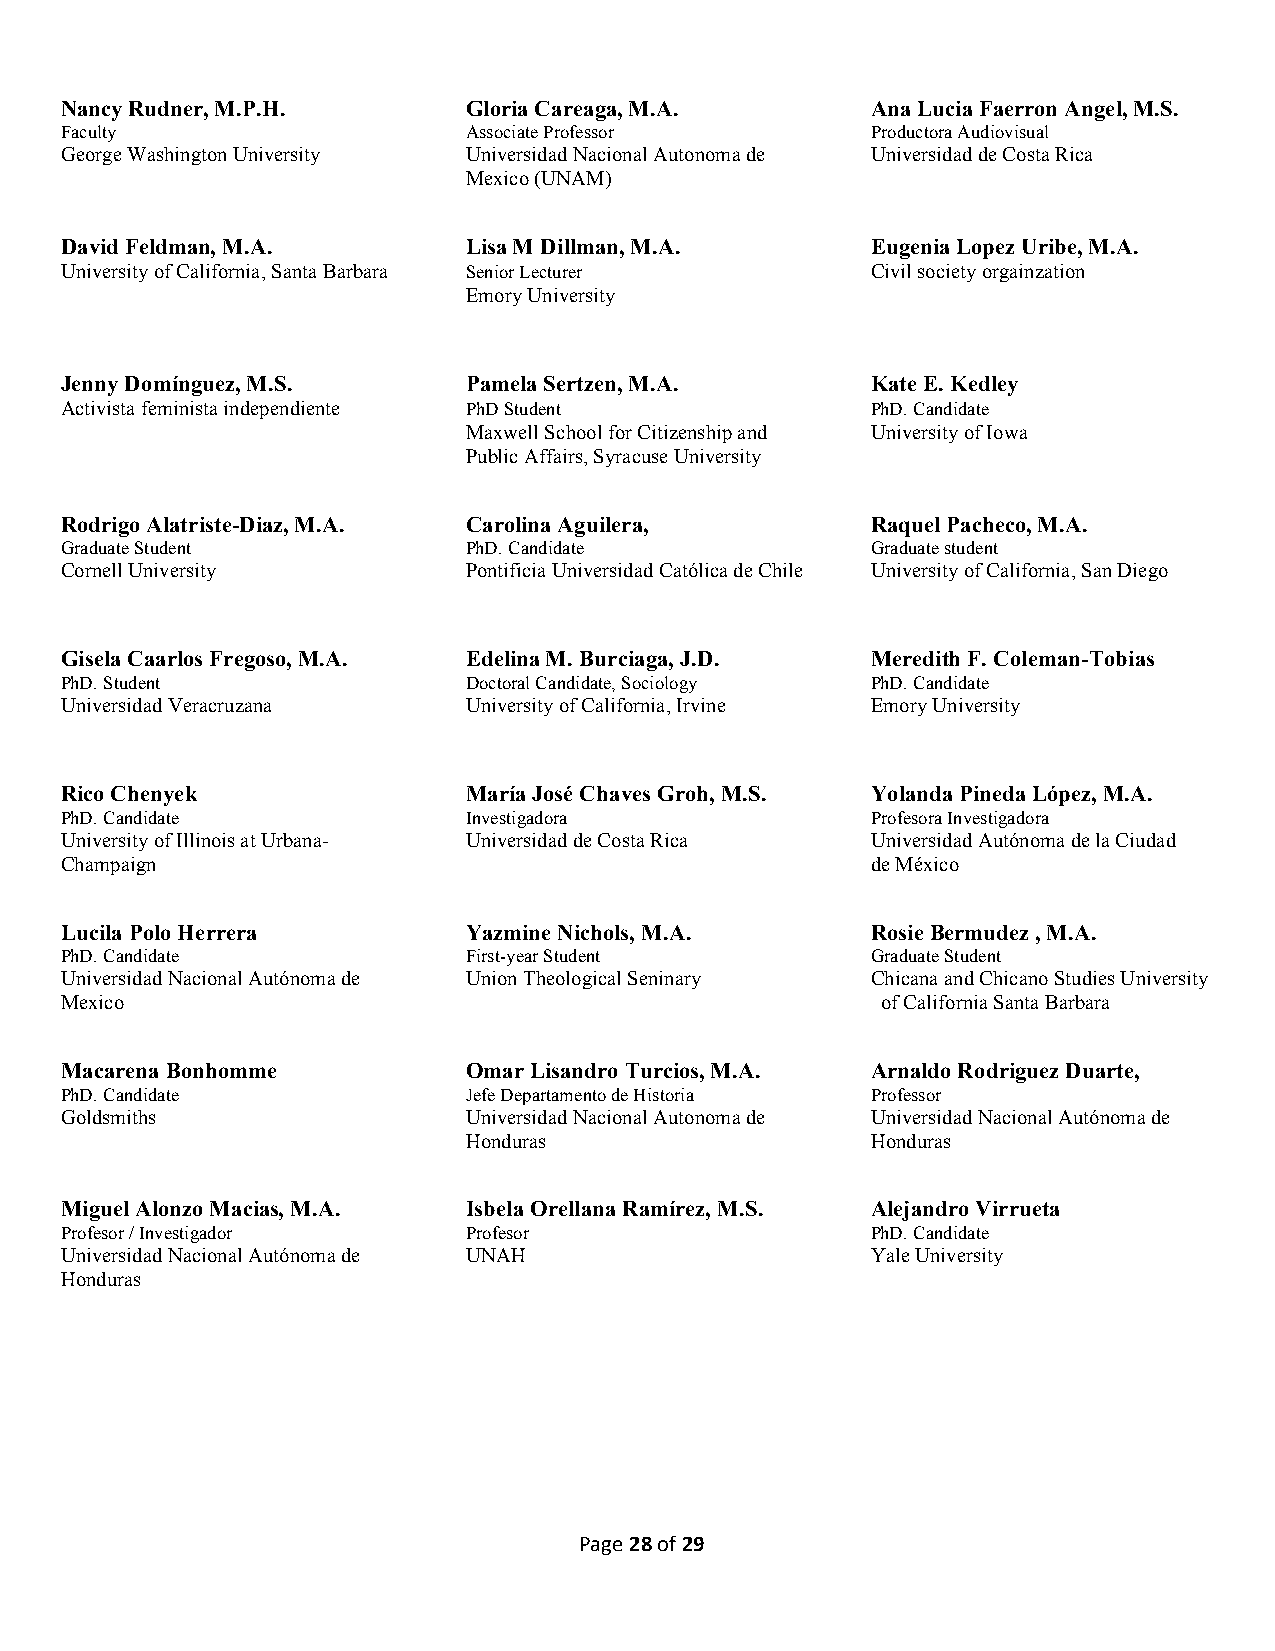
Nancy Rudner, M.P.H.       Gloria Careaga, M.A.       Ana Lucia Faerron Angel, M.S.
 Faculty                    Associate Professor        Productora Audiovisual
 George Washington University Universidad Nacional Autonoma de Universidad de Costa Rica
 Mexico (UNAM)
 David Feldman, M.A.        Lisa M Dillman, M.A.       Eugenia Lopez Uribe, M.A.
 University of California, Santa Barbara Senior Lecturer Civil society orgainzation
 Emory University
 Jenny Domínguez, M.S.      Pamela Sertzen, M.A.       Kate E. Kedley
 Activista feminista independiente PhD Student         PhD. Candidate
 Maxwell School for Citizenship and University of Iowa
 Public Affairs, Syracuse University
 Rodrigo Alatriste-Diaz, M.A. Carolina Aguilera,       Raquel Pacheco, M.A.
 Graduate Student           PhD. Candidate             Graduate student
 Cornell University         Pontificia Universidad Católica de Chile University of California, San Diego
 Gisela Caarlos Fregoso, M.A. Edelina M. Burciaga, J.D. Meredith F. Coleman-Tobias
 PhD. Student               Doctoral Candidate, Sociology PhD. Candidate
 Universidad Veracruzana    University of California, Irvine Emory University
 Rico Chenyek               María José Chaves Groh, M.S. Yolanda Pineda López, M.A.
 PhD. Candidate             Investigadora              Profesora Investigadora
 University of Illinois at Urbana- Universidad de Costa Rica Universidad Autónoma de la Ciudad
 Champaign                                             de México
 Lucila Polo Herrera        Yazmine Nichols, M.A.      Rosie Bermudez , M.A.
 PhD. Candidate             First-year Student         Graduate Student
 Universidad Nacional Autónoma de Union Theological Seninary Chicana and Chicano Studies University
 Mexico                                                of California Santa Barbara
 Macarena Bonhomme          Omar Lisandro Turcios, M.A. Arnaldo Rodriguez Duarte,
 PhD. Candidate             Jefe Departamento de Historia Professor
 Goldsmiths                 Universidad Nacional Autonoma de Universidad Nacional Autónoma de
 Honduras                   Honduras
 Miguel Alonzo Macias, M.A. Isbela Orellana Ramírez, M.S. Alejandro Virrueta
 Profesor / Investigador    Profesor                   PhD. Candidate
 Universidad Nacional Autónoma de UNAH                 Yale University
 Honduras
 Page 28 of 29